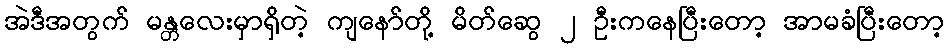
အဲဒီအတွက် မန္တလေးမှာရှိတဲ့ ကျနော်တို့ မိတ်ဆွေ ၂ ဦးကနေပြီးတော့ အာမခံပြီးတော့